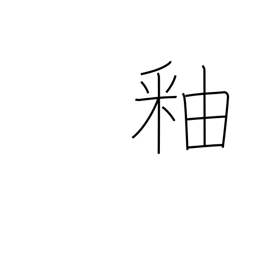
Meaning: glaze